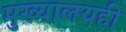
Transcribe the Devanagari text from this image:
मुख्यालयही